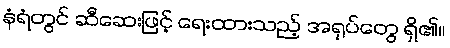
နံရံတွင် ဆီဆေးဖြင့် ရေးထားသည့် အရုပ်တွေ ရှိ၏။